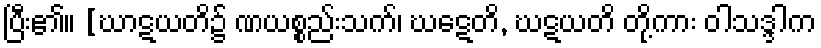
ပြီး၏။ [ဃာဋယတိ၌ ဏယစ္စည်းသက်၊ ဃဋေတိ, ဃဋယတိ တို့ကား ဝါသဒ္ဒါက